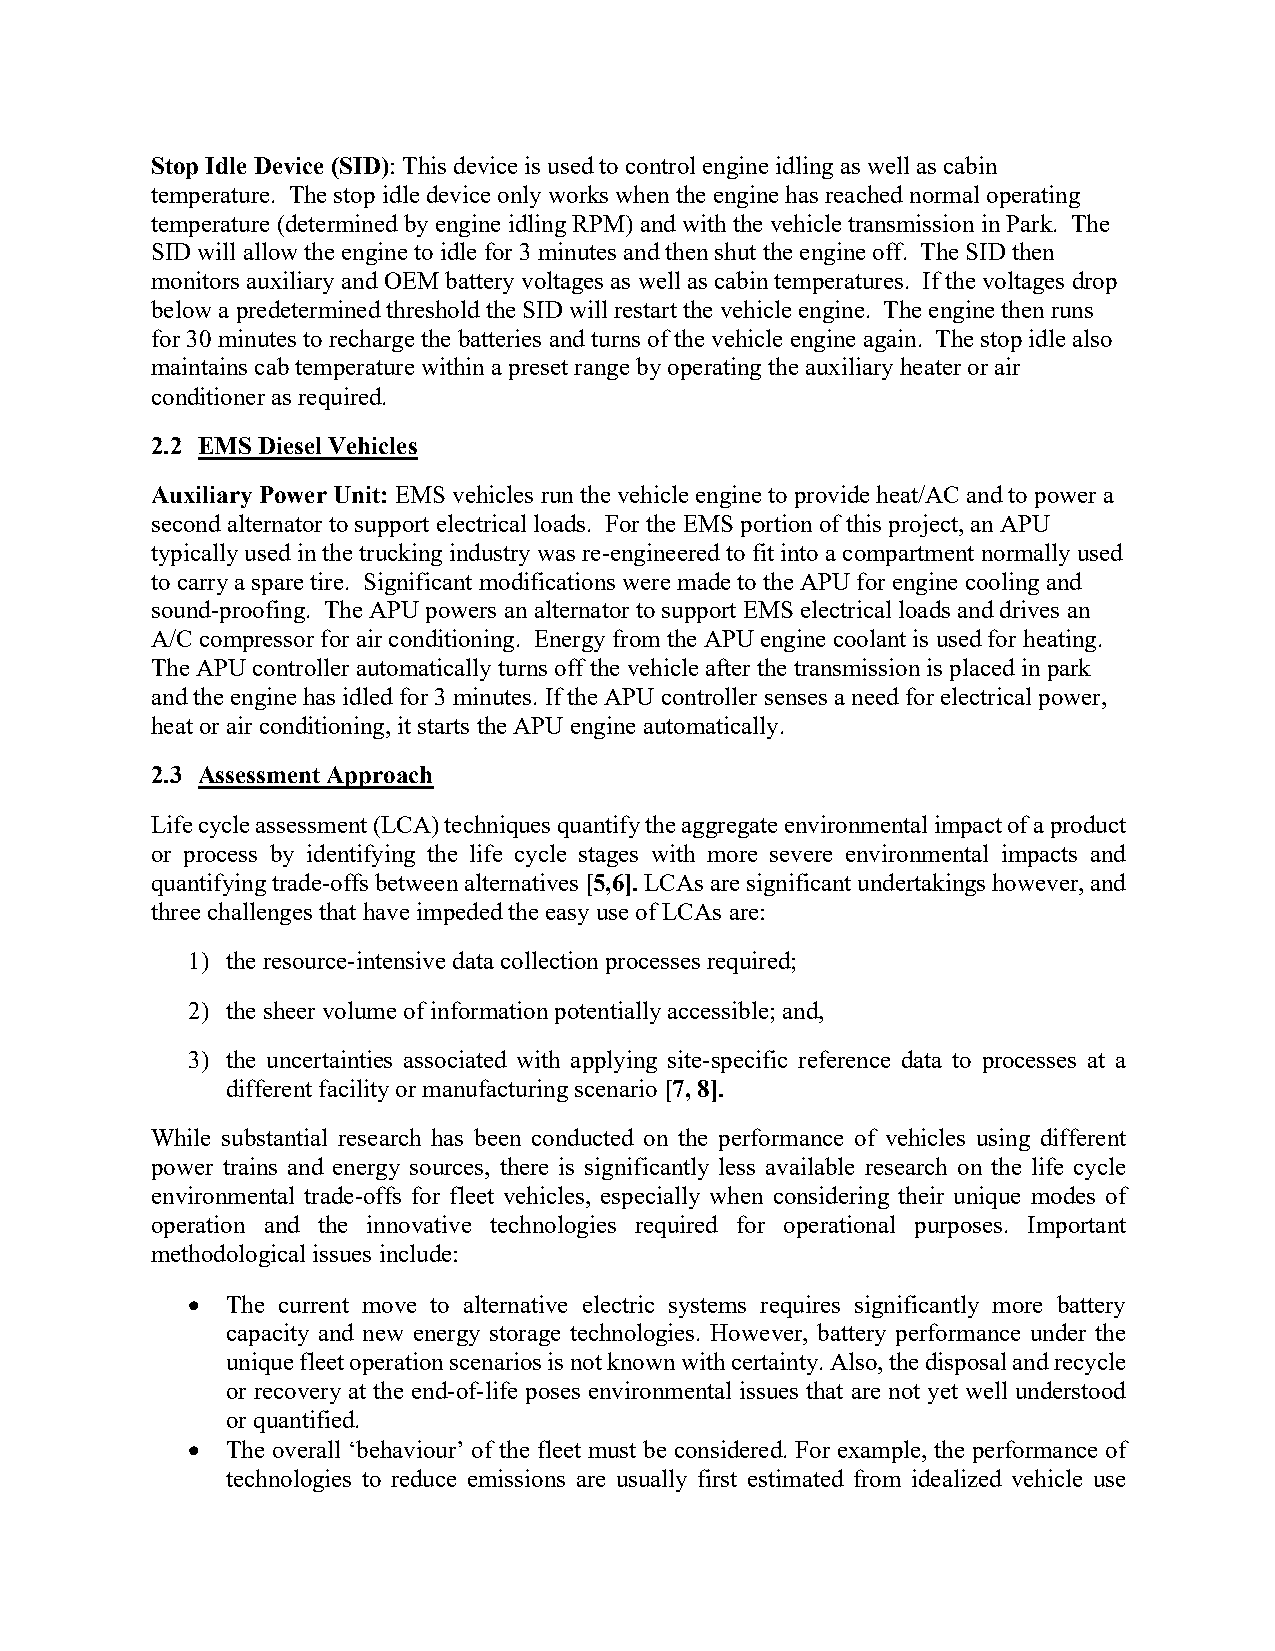
Stop Idle Device (SID): This device is used to control engine idling as well as cabin
 temperature. The stop idle device only works when the engine has reached normal operating
 temperature (determined by engine idling RPM) and with the vehicle transmission in Park. The
 SID will allow the engine to idle for 3 minutes and then shut the engine off. The SID then
 monitors auxiliary and OEM battery voltages as well as cabin temperatures. If the voltages drop
 below a predetermined threshold the SID will restart the vehicle engine. The engine then runs
 for 30 minutes to recharge the batteries and turns of the vehicle engine again. The stop idle also
 maintains cab temperature within a preset range by operating the auxiliary heater or air
 conditioner as required.
 2.2 EMS Diesel Vehicles
 Auxiliary Power Unit: EMS vehicles run the vehicle engine to provide heat/AC and to power a
 second alternator to support electrical loads. For the EMS portion of this project, an APU
 typically used in the trucking industry was re-engineered to fit into a compartment normally used
 to carry a spare tire. Significant modifications were made to the APU for engine cooling and
 sound-proofing. The APU powers an alternator to support EMS electrical loads and drives an
 A/C compressor for air conditioning. Energy from the APU engine coolant is used for heating.
 The APU controller automatically turns off the vehicle after the transmission is placed in park
 and the engine has idled for 3 minutes. If the APU controller senses a need for electrical power,
 heat or air conditioning, it starts the APU engine automatically.
 2.3 Assessment Approach
 Life cycle assessment (LCA) techniques quantify the aggregate environmental impact of a product
 or process by identifying the life cycle stages with more severe environmental impacts and
 quantifying trade-offs between alternatives [5,6]. LCAs are significant undertakings however, and
 three challenges that have impeded the easy use of LCAs are:
 1) the resource-intensive data collection processes required;
 2) the sheer volume of information potentially accessible; and,
 3) the uncertainties associated with applying site-specific reference data to processes at a
 different facility or manufacturing scenario [7, 8].
 While substantial research has been conducted on the performance of vehicles using different
 power trains and energy sources, there is significantly less available research on the life cycle
 environmental trade-offs for fleet vehicles, especially when considering their unique modes of
 operation and the innovative technologies required for operational purposes. Important
 methodological issues include:
 •  The current move to alternative electric systems requires significantly more battery
 capacity and new energy storage technologies. However, battery performance under the
 unique fleet operation scenarios is not known with certainty. Also, the disposal and recycle
 or recovery at the end-of-life poses environmental issues that are not yet well understood
 or quantified.
 •  The overall ‘behaviour’ of the fleet must be considered. For example, the performance of
 technologies to reduce emissions are usually first estimated from idealized vehicle use